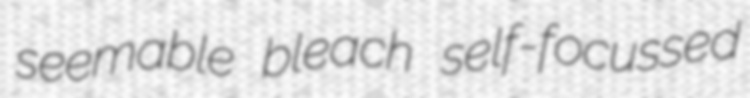
seemable bleach self-focussed